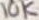
Text: 10K